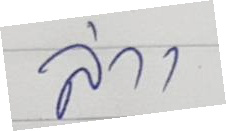
ล่าง